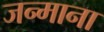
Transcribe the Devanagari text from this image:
जन्माना